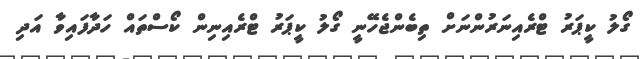
ގޯލު ކީޕަރު ޓްރެއިނަރުންނަށް ތިބެންޖެހޭނީ ގޯލު ކީޕަރު ޓްރެއިނިން ކޯސްތައް ހަދާފައިވާ އަދި